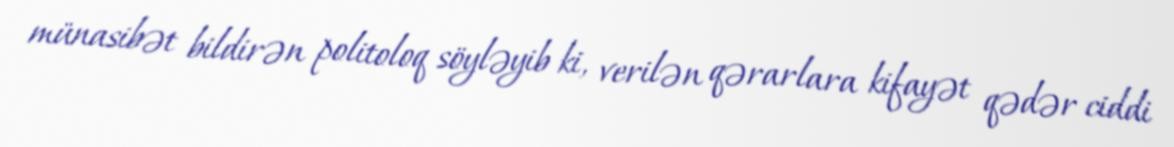
münasibət bildirən politoloq söyləyib ki, verilən qərarlara kifayət qədər ciddi